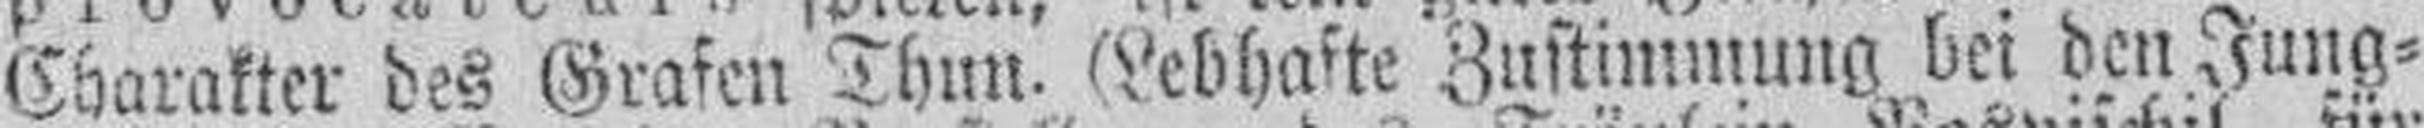
Charakter des Grafen Thun. (Lebhafte Zustimmung bei den Jung¬